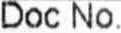
DOC NO.